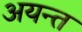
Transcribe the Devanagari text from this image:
अयन्त